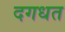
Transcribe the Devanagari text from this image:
दगधत